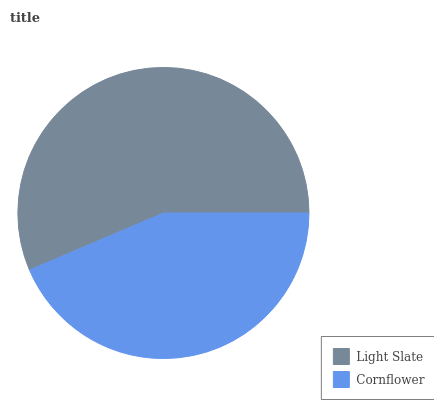
| Light Slate | Cornflower |
 | --- | --- |
 | 56.4% | 43.6% |